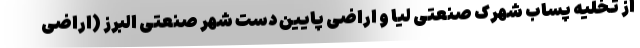
از تخلیه پساب شهرک صنعتی لیا و اراضی پایین دست شهر صنعتی البرز (اراضی